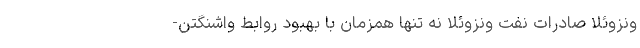
ونزوئلا صادرات نفت ونزوئلا نه تنها همزمان با بهبود روابط واشنگتن-